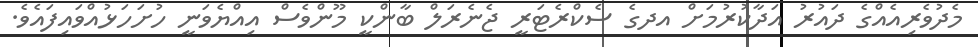
މެދުވެރިއެއްގެ ދައުރު އަދާކުރުމަށް އދގެ ސެކްރެޓަރީ ޖެނެރަލް ބާންކީ މޫންވެސް އިއްޔެވަނީ ހުށަހަޅުއްވައިފައެވެ.